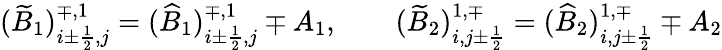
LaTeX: (\widetilde B_{1})_{i\pm\frac{1}{2},j}^{\mp,1}=(\widehat B_{1})_{i\pm\frac{1}{2},j}^{\mp,1}\mp A_{1},\qquad(\widetilde B_{2})_{i,j\pm\frac{1}{2}}^{1,\mp}=(\widehat B_{2})_{i,j\pm\frac{1}{2}}^{1,\mp}\mp A_{2}